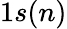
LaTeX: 1s(n)